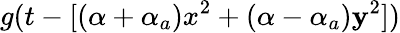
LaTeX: g(t-[(\alpha+\alpha_{a})x^{2}+(\alpha-\alpha_{a})\mathbf{y}^{2}])